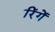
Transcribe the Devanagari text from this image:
रिंगें